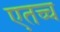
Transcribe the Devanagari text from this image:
एतच्च